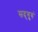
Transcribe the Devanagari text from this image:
सद्‌गुरुं